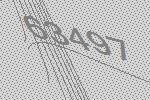
63497